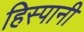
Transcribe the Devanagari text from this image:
हिस्पानी